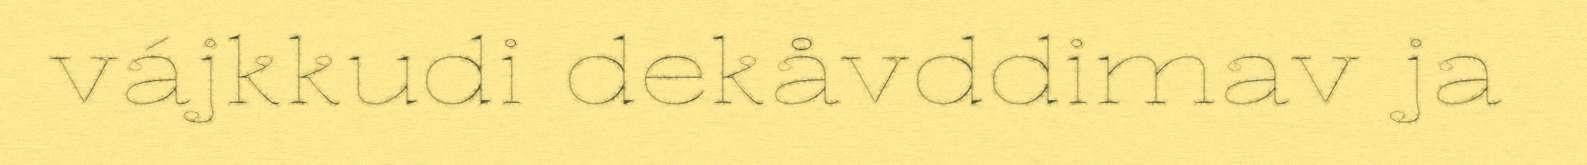
vájkkudi dekåvddimav ja